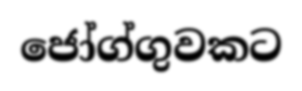
ජෝග්ගුවකට